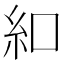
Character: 𫃜